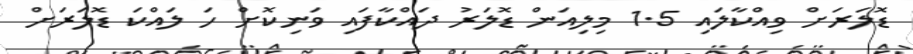
ޑޮލަރަށް ވިއްކާލައި 1.5 މިިލިއަން ޑޮލަރު ދައްކާފައި ވަނިކޮށް ހަ ލައްކަ ޑޮލަރަށް